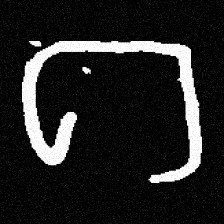
Pyu character \u2014 Myanmar letter: ဂ (romanized: ga)